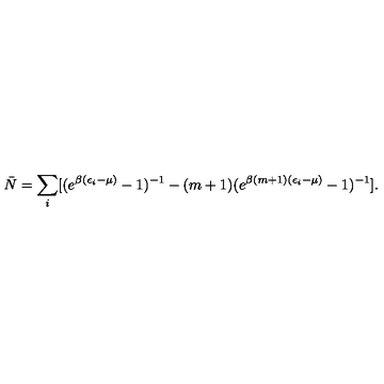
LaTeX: \bar { N } = \sum _ { i } [ ( e ^ { \beta ( \epsilon _ { i } - \mu ) } - 1 ) ^ { - 1 } - ( m + 1 ) ( e ^ { \beta ( m + 1 ) ( \epsilon _ { i } - \mu ) } - 1 ) ^ { - 1 } ] .